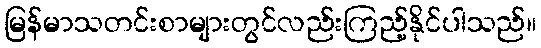
မြန်မာသတင်းစာများတွင်လည်းကြည့်နိုင်ပါသည်။